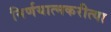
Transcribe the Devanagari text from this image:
निर्णयात्मकरीत्या